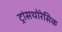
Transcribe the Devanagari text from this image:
ट्रांसथोरेसिक